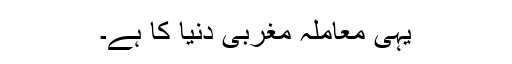
یہی معاملہ مغربی دنیا کا ہے۔